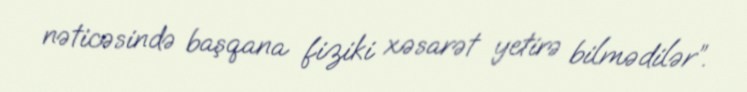
nəticəsində başqana fiziki xəsarət yetirə bilmədilər”.